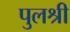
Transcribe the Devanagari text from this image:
पुलश्री